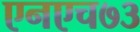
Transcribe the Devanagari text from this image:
एनएच७३